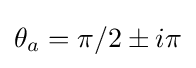
\theta _{a}=\pi /2\pm i\pi